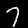
Label: 7